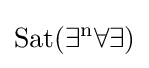
{\rm {{Sat}(\exists ^{n}\forall \exists )}}